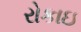
રોકાઇ